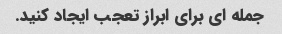
جمله ای برای ابراز تعجب ایجاد کنید.